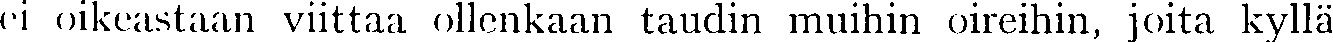
ei oikeastaan viittaa ollenkaan taudin muihin oireihin, joita kyllä